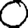
Digit: 0